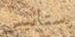
ستانيس